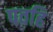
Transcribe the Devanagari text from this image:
पवहि